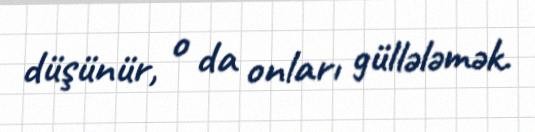
düşünür, o da onları güllələmək.